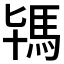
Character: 駂